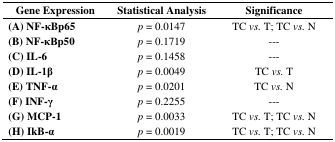
<table><thead><tr><td><b>Gene Expression</b></td><td><b>Statistical Analysis</b></td><td><b>Significance</b></td></tr></thead><tbody><tr><td><b>(A) NF-κBp65</b></td><td><i>p</i> = 0.0147</td><td>TC <i>vs.</i> T; TC <i>vs.</i> N</td></tr><tr><td><b>(B) NF-κBp50</b></td><td><i>p</i> = 0.1719</td><td>---</td></tr><tr><td><b>(C) IL-6</b></td><td><i>p</i> = 0.1458</td><td>---</td></tr><tr><td><b>(D) IL-1β</b></td><td><i>p</i> = 0.0049</td><td>TC <i>vs.</i> T</td></tr><tr><td><b>(E) TNF-α</b></td><td><i>p</i> = 0.0201</td><td>TC <i>vs.</i> N</td></tr><tr><td><b>(F) INF-γ</b></td><td><i>p</i> = 0.2255</td><td>---</td></tr><tr><td><b>(G) MCP-1</b></td><td><i>p</i> = 0.0033</td><td>TC <i>vs.</i> T; TC <i>vs.</i> N</td></tr><tr><td><b>(H) IkB-α</b></td><td><i>p</i> = 0.0019</td><td>TC <i>vs.</i> T; TC <i>vs.</i> N</td></tr></tbody></table>